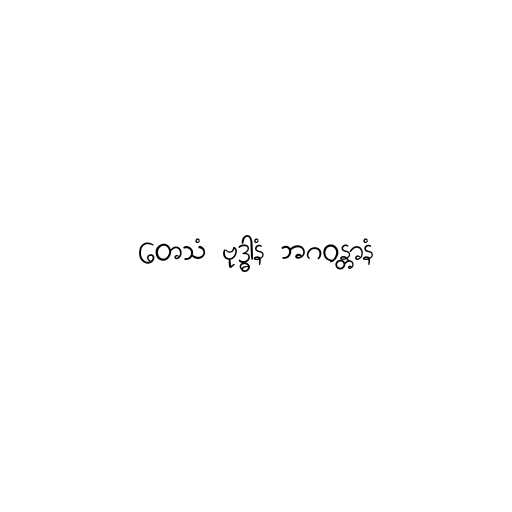
တေသံ ဗုဒ္ဓါနံ ဘဂဝန္တာနံ